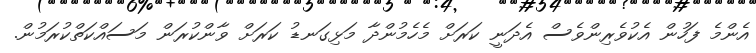
އެންމެ ފަހުން އެކުވެރިންވެސް އެދަނީ ކަރަށް މެހެމުންދާ މަޅިގަނޑު ކަރަށް ވާންކުރަން މަސައްކަތްކުރަމުން.